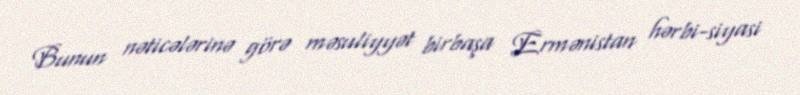
Bunun nəticələrinə görə məsuliyyət birbaşa Ermənistan hərbi-siyasi